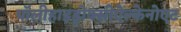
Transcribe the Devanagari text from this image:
पॉलीहाइड्रोक्सीऐल्केनोएट